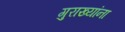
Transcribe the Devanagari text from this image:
गुराख्यांना